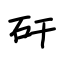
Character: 矸